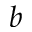
b